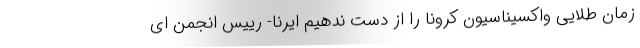
زمان طلایی واکسیناسیون کرونا را از دست ندهیم ایرنا- رییس انجمن ای